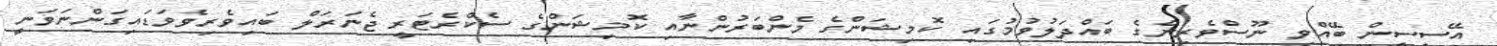
އޭސީސީން ބޭއްވި ނޫސްވެރިންގެ ބައްދަލުވުމުގައި ކޮމިޝަންގެ މެންބަރުންނާއި ކޮމިޝަންގެ ސެކްރެޓަރީ ޖެނަރަލް ބައިވެރިވެވަޑައިގަންނަވަނީ